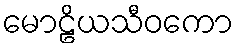
မောဠိယသီဝကော